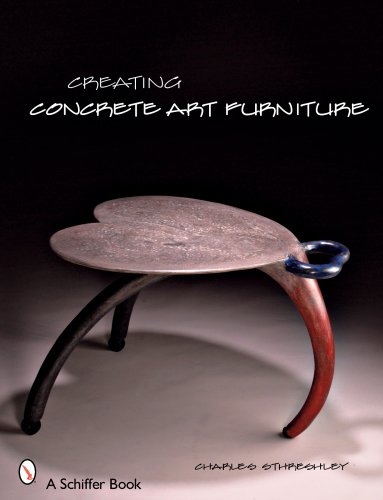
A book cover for Creating Concrete Art Furniture; Charles Sthreshley; Arts & Photography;